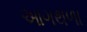
આગથળા